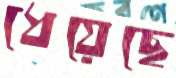
ধেয়েছে